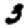
Digit: 3